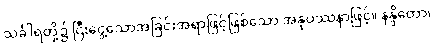
သင်္ခါရတို့၌ ငြီးငွေ့သောအခြင်းအရာဖြင့်ဖြစ်သော အနုပဿနာဖြင့်။ နန္ဒိတော၊